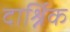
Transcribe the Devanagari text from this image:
दार्श्निक